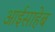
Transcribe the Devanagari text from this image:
आईसाहेब